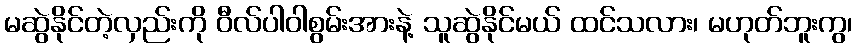
မဆွဲနိုင်တဲ့လှည်းကို ဝီလ်ပါဝါစွမ်းအားနဲ့ သူဆွဲနိုင်မယ် ထင်သလား၊ မဟုတ်ဘူးကွ၊